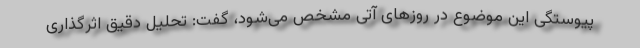
پیوستگی این موضوع در روزهای آتی مشخص می‌شود، گفت: تحلیل دقیق اثرگذاری